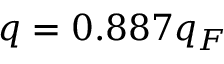
q = 0 . 8 8 7 q _ { F }